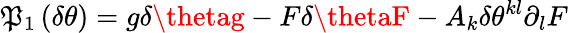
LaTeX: \mathfrak{P}_{1}\left(\delta\theta\right)=g\delta\thetag-F\delta\thetaF-A_{k}\delta\theta^{kl}\partial_{l}F